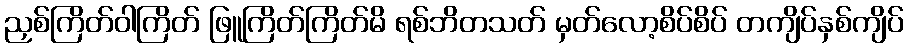
ညှစ်ကြိတ်ဝါကြိတ် ဖြူကြိတ်ကြိတ်မိ ရစ်ဘိတသတ် မှတ်လော့စိပ်စိပ် တကျိပ်နှစ်ကျိပ်